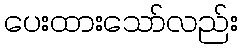
ပေးထားသော်လည်း